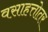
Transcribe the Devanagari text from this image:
वसाहत्तोतर